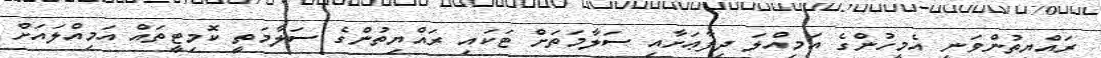
ރައްޔިތުންވަނީ އެމީހުންގެ އަމިއްލަ ދިފާޢަށާއި ސަލާމަތަށް ޓަކައި ރައްޔިތުންގެ ސަލާމަތީ ކޮމިޓީތައް އަމިއްލައަށް